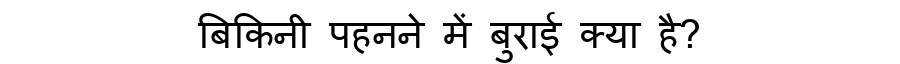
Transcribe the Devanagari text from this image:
बिकिनी पहनने में बुराई क्या है?